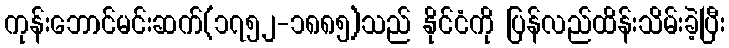
ကုန်းဘောင်မင်းဆက်(၁၇၅၂-၁၈၈၅)သည် နိုင်ငံကို ပြန်လည်ထိန်းသိမ်းခဲ့ပြီး